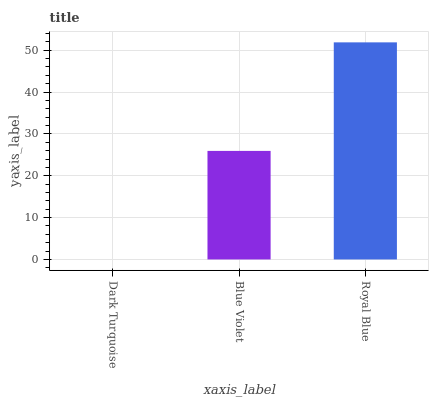
| xaxis_label | bars |
 | --- | --- |
 | Dark Turquoise | 0 |
 | Blue Violet | 25.9 |
 | Royal Blue | 51.9 |